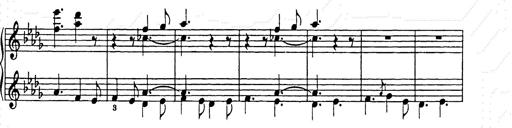
Title: Weihnachtsbaum
Composer: Franz Liszt